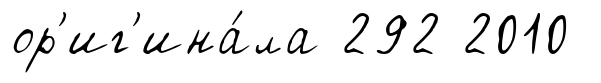
ор'иг'ина́ла 292 2010